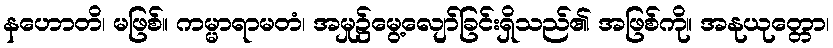
နဟောတိ၊ မဖြစ်။ ကမ္မာရာမတံ၊ အမှု၌မွေ့လျော်ခြင်းရှိသည်၏ အဖြစ်ကို။ အနုယုတ္တော၊